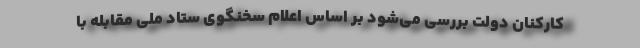
کارکنان دولت بررسی می‌شود بر اساس اعلام سخنگوی ستاد ملی مقابله با